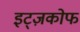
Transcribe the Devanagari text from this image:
इट्ज़कोफ